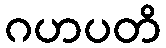
ဂဟပတိ